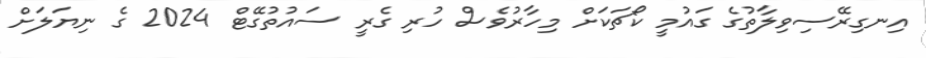
އިނގިރޭސިވިލާތުގެ ގައުމީ ކޯޗަކަށް މިހާރުވެސް ހުރި ގެރީ ސައުތުގޭޓް 2024 ގެ ނިޔަލަށް